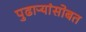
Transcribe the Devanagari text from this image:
पुढाऱ्यांसोबत